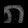
Digit: ၈